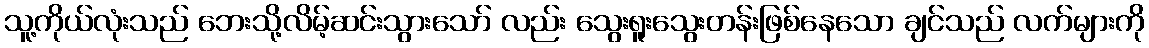
သူ့ကိုယ်လုံးသည် ဘေးသို့လိမ့်ဆင်းသွားသော် လည်း သွေးရူးသွေးတန်းဖြစ်နေသော ချင်သည် လက်များကို